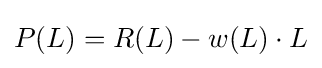
P(L)=R(L)-w(L)\cdot L\,\!